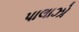
પાલાઝો